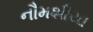
નૌમશીયા